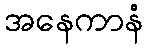
အနေကာနံ